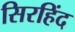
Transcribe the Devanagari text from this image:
सिरहिंद